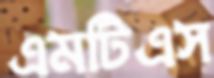
এমটিএস